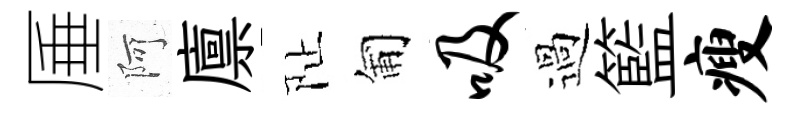
厜阿廪阯匍吸過籃瘦